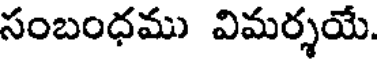
సంబంధము విమర్శయే.